Scottish Leaving Certificate Examination, 1959
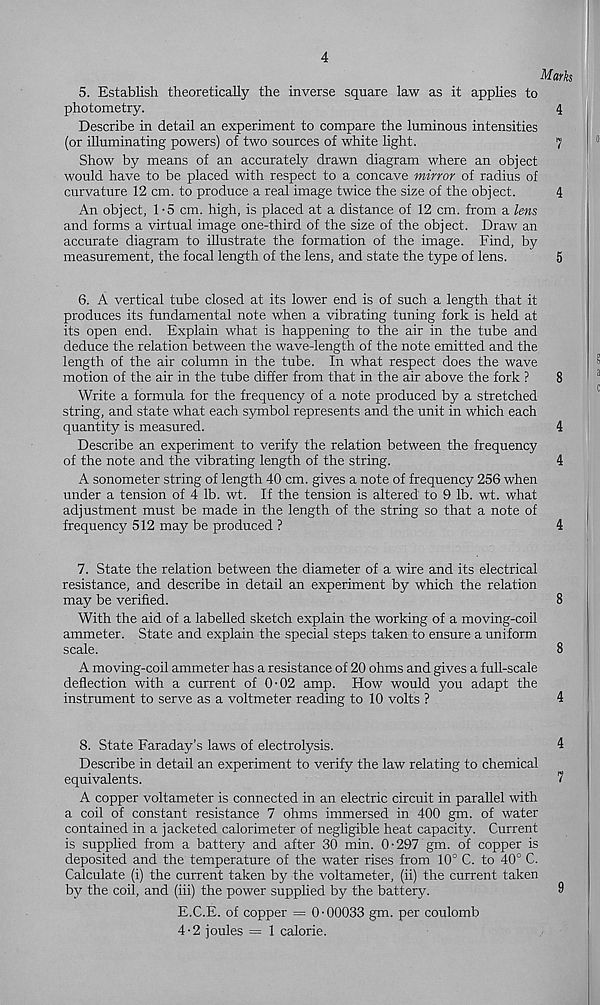
4
Marks
5. Establish theoretically the inverse square law as it applies to
photometry.
4
Describe in detail an experiment to compare the luminous intensities
(or illuminating powers) of two sources of white light.
7
Show by means of an accurately drawn diagram where an object
would have to be placed with respect to a concave mirror of radius of
curvature 12 cm. to produce a real image twice the size of the object.
4
An object, 1-5 cm. high, is placed at a distance of 12 cm. from a lens
and forms a virtual image one-third of the size of the object. Draw an
accurate diagram to ihustrate the formation of the image. Find, by
measurement, the focal length of the lens, and state the type of lens.
5
6. A vertical tube closed at its lower end is of such a length that it
produces its fundamental note when a vibrating tuning fork is held at
its open end. Explain what is happening to the air in the tube and
deduce the relation between the wave-length of the note emitted and the
length of the air column in the tube. In what respect does the wave
motion of the air in the tube differ from that in the air above the fork ?
8
Write a formula for the frequency of a note produced by a stretched
string, and state what each symbol represents and the unit in which each
quantity is measured.
4
Describe an experiment to verify the relation between the frequency
of the note and the vibrating length of the string.
4
A sonometer string of length 40 cm. gives a note of frequency 256 when
under a tension of 4 lb. wt. If the tension is altered to 9 lb. wt. what
adjustment must be made in the length of the string so that a note of
frequency 512 may be produced ?
4
7. State the relation between the diameter of a wire and its electrical
resistance, and describe in detail an experiment by which the relation
may be verified.
8
With the aid of a labehed sketch explain the working of a moving-coil
ammeter. State and explain the special steps taken to ensure a uniform
scale.
8
A moving-coil ammeter has a resistance of 20 ohms and gives a full-scale
deflection with a current of 0-02 amp. How would you adapt the
instrument to serve as a voltmeter reading to 10 volts ?
4
8. State Faraday’s laws of electrolysis.
4
Describe in detail an experiment to verify the law relating to chemical
equivalents.
I
A copper voltameter is connected in an electric circuit in parallel with
a coil of constant resistance 7 ohms immersed in 400 gm. of water
contained in a jacketed calorimeter of negligible heat capacity. Current
is supplied from a battery and after 30 min. 0-297 gm. of copper is
deposited and the temperature of the water rises from 10° C. to 40° C.
Calculate (i) the current taken by the voltameter, (ii) the current taken
by the coil, and (iii) the power supplied by the battery.
8
E.C.E. of copper = 0 ■ 00033 gm. per coulomb
4-2 joules = 1 calorie.